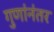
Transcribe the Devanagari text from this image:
गुणांनंतर